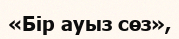
«Бір ауыз сөз»,